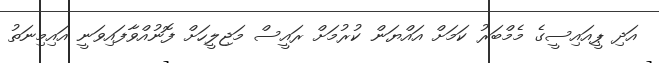
އަދި ޕީއައިސީގެ މެމްބަރު ކަމަށް އައްޔަން ކުރުމަށް ރައީސް މަޖިލީހަށް ފޮނުއްވާފައިވަނީ އައިމިނަތު